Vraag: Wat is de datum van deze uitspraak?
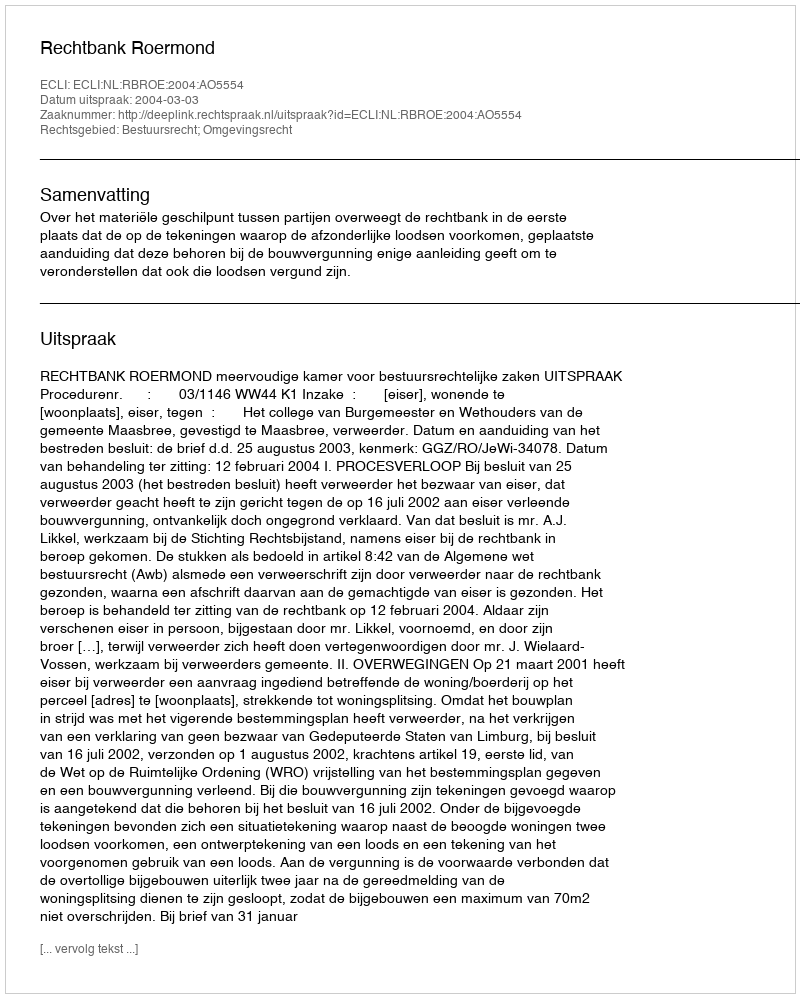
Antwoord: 2004-03-03